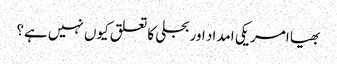
بھیا امریکی امداد اور بجلی کا تعلق کیوں نہیں ہے؟